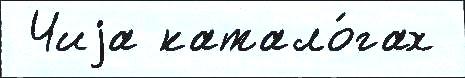
 Чиjа катало́гах